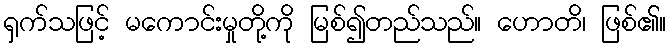
ရှက်သဖြင့် မကောင်းမှုတို့ကို မြစ်၍တည်သည်။ ဟောတိ၊ ဖြစ်၏။